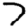
Digit: 7